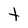
Character: t